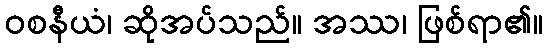
ဝစနီယံ၊ ဆိုအပ်သည်။ အဿ၊ ဖြစ်ရာ၏။